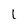
Character: 1